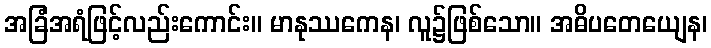
အခြံအရံဖြင့်လည်းကောင်း။ မာနုဿကေန၊ လူ၌ဖြစ်သော။ အဓိပတေယျေန၊